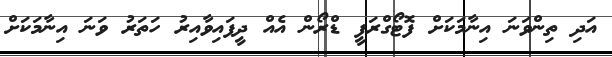
އަދި ތިންވަނަ އިނާމަކަށް ފޮޓޯގްރަފީ ޑްރޯން އެއް ދީފައިވާއިރު ހަތަރު ވަނަ އިނާމަކަށް